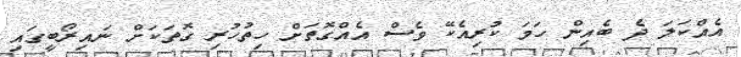
އެއްކަލަ ދެ ބެއިން ހަމަ ކުރިއެކޭ ވެސް އެއްގޮތަށް ހިތުހުރި ގޮތަކަށް ނައިރޯބީގައި